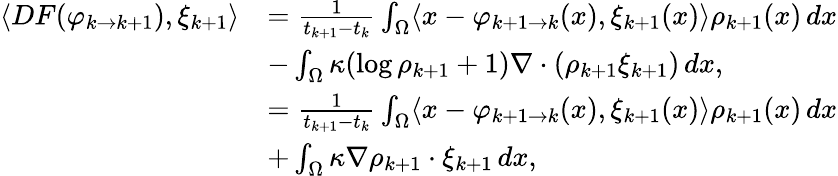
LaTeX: \begin{array}{rl}{\langle DF(\varphi_{k\to k+1}),\xi_{k+1}\rangle}&{=\frac{1}{t_{k+1}-t_{k}}\int_{\Omega}\langle x-\varphi_{k+1\to k}(x),\xi_{k+1}(x)\rangle\rho_{k+1}(x)\, dx}\\ &{-\int_{\Omega}\kappa(\log\rho_{k+1}+1)\nabla\cdot(\rho_{k+1}\xi_{k+1})\, dx,}\\ &{=\frac{1}{t_{k+1}-t_{k}}\int_{\Omega}\langle x-\varphi_{k+1\to k}(x),\xi_{k+1}(x)\rangle\rho_{k+1}(x)\, dx}\\ &{+\int_{\Omega}\kappa\nabla\rho_{k+1}\cdot\xi_{k+1}\, dx,}\end{array}